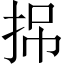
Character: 𢬢